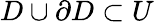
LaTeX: D\cup\partial D\subset U